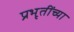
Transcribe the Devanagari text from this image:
प्रभृतींच्या